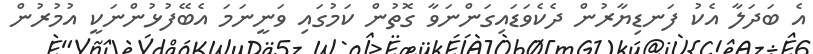
އެ ބަދަލާ އެކު ފަނޑިޔާރުން ދެކެވަޑައިގަންނަވާ ގޮތުން ކަމުގައި ވަނީނަމަ އެބޭފުޅުންނަކީ އުމުރުން